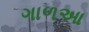
ગાળઆ